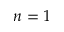
n = 1